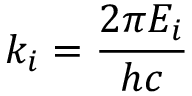
k _ { i } = \frac { 2 \pi E _ { i } } { h c }